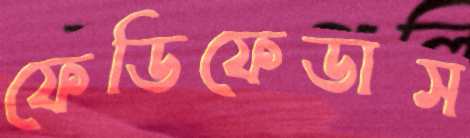
ফেডিফেডাস